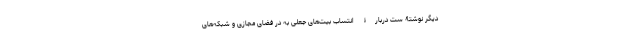
دیگر نوشتۀ ست دربارۀ انتساب بیت‌های جعلی به در فضای مجازی و شبکه‌های